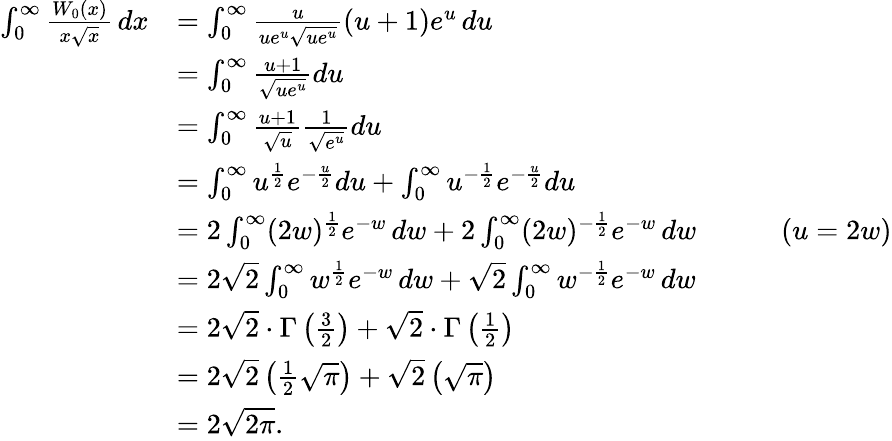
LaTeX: {\begin{array}{rlrl}{\int_{0}^{\infty}{\frac{W_{0}(x)}{x{\sqrt{x}}}}\, dx}&{=\int_{0}^{\infty}{\frac{u}{ue^{u}{\sqrt{ue^{u}}}}}(u+1)e^{u}\, du}\\ &{=\int_{0}^{\infty}{\frac{u+1}{\sqrt{ue^{u}}}}du}\\ &{=\int_{0}^{\infty}{\frac{u+1}{\sqrt{u}}}{\frac{1}{\sqrt{e^{u}}}}du}\\ &{=\int_{0}^{\infty}u^{\frac{1}{2}}e^{-{\frac{u}{2}}}du+\int_{0}^{\infty}u^{-{\frac{1}{2}}}e^{-{\frac{u}{2}}}du}\\ &{=2\int_{0}^{\infty}(2w)^{\frac{1}{2}}e^{-w}\, dw+2\int_{0}^{\infty}(2w)^{-{\frac{1}{2}}}e^{-w}\, dw}&&{\quad(u=2w)}\\ &{=2{\sqrt{2}}\int_{0}^{\infty}w^{\frac{1}{2}}e^{-w}\, dw+{\sqrt{2}}\int_{0}^{\infty}w^{-{\frac{1}{2}}}e^{-w}\, dw}\\ &{=2{\sqrt{2}}\cdot\Gamma\left({\frac{3}{2}}\right)+{\sqrt{2}}\cdot\Gamma\left({\frac{1}{2}}\right)}\\ &{=2{\sqrt{2}}\left({\frac{1}{2}}{\sqrt{\pi}}\right)+{\sqrt{2}}\left({\sqrt{\pi}}\right)}\\ &{=2{\sqrt{2\pi}}.}\end{array}}